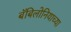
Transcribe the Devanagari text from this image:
बॅबिलोनियाच्या